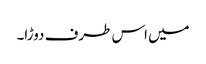
میں اس طرف دوڑا۔